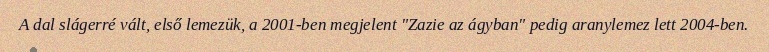
A dal slágerré vált, első lemezük, a 2001-ben megjelent "Zazie az ágyban" pedig aranylemez lett 2004-ben.